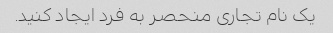
یک نام تجاری منحصر به فرد ایجاد کنید.